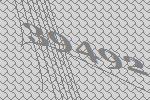
39492